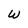
Character: W